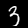
Digit: 3